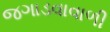
જગાડવાવાળી